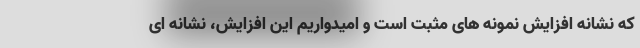
که نشانه افزایش نمونه های مثبت است و امیدواریم این افزایش، نشانه ای